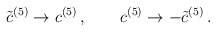
\begin{align*}{\tilde c}^{(5)} \rightarrow c^{(5)} \, ,\qquad c^{(5)} \rightarrow -{\tilde c}^{(5)} \, .\\\end{align*}